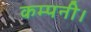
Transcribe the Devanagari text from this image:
कम्‍पनी।